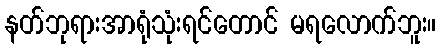
နတ်ဘုရားအာရုံသုံးရင်တောင် မရလောက်ဘူး။